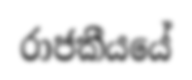
රාජකීයයේ